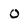
Character: o